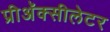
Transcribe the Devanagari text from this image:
प्रीअॅक्सीलेटर